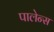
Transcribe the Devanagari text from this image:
पालेन्स